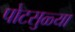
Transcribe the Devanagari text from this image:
पोटसुळ्या